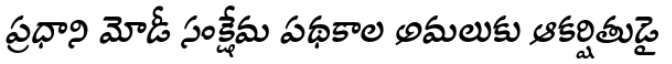
ప్రధాని మోడీ సంక్షేమ పథకాల అమలుకు ఆకర్షితుడై